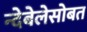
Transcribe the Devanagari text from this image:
न्देबेलेसोबत